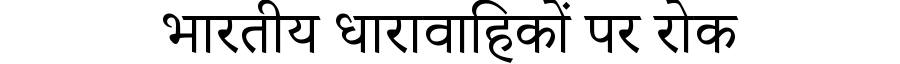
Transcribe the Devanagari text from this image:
भारतीय धारावाहिकों पर रोक